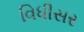
વિધીસર